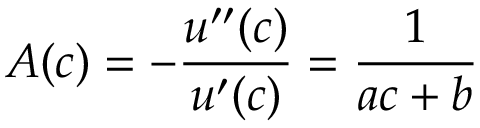
A ( c ) = - { \frac { u ^ { \prime \prime } ( c ) } { u ^ { \prime } ( c ) } } = { \frac { 1 } { a c + b } }